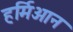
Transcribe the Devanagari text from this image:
हर्मिओन